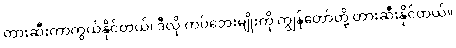
တားဆီးကာကွယ်နိုင်တယ်၊ ဒီလို ကပ်ဘေးမျိုးကို ကျွန်တော်တို့ တားဆီးနိုင်တယ်။